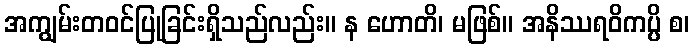
အကျွမ်းတဝင်ပြုခြင်းရှိသည်လည်း။ န ဟောတိ၊ မဖြစ်။ အနိဿရဝိကပ္ပိ စ၊